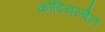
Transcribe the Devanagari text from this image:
कोदियल्बैल